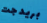
بريدجت